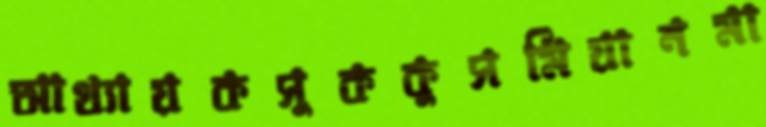
আখ্যায়কসুককুসমিয়ানমা